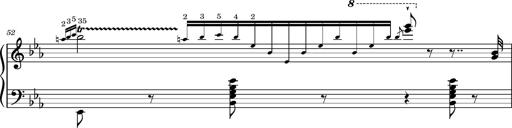
Title: Magyar rapszÃ³diÃ¡k
Composer: Franz Liszt